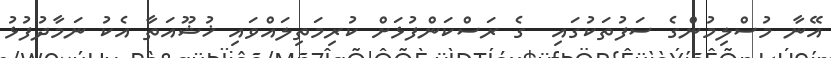
އޭނާ މުސްލިމުންގެ ސަފުތަކުގައި  ގެ ރަސްކަންފުޅަށް ކުރިމަތިލައްވައި ޚުޝޫއަތާ އެކު ނަމާދުފުޅު